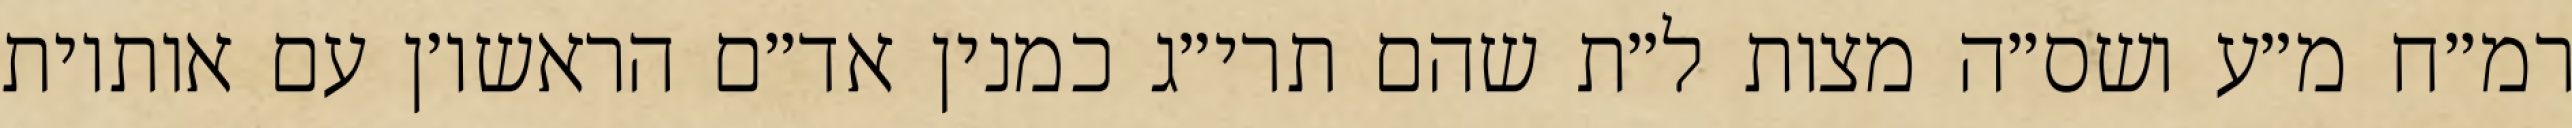
רמ״ח מ״ע ושס״ה מצות ל״ת שהם תרי״ג כמנין אד״ם הראשו׳ן עם אותיות